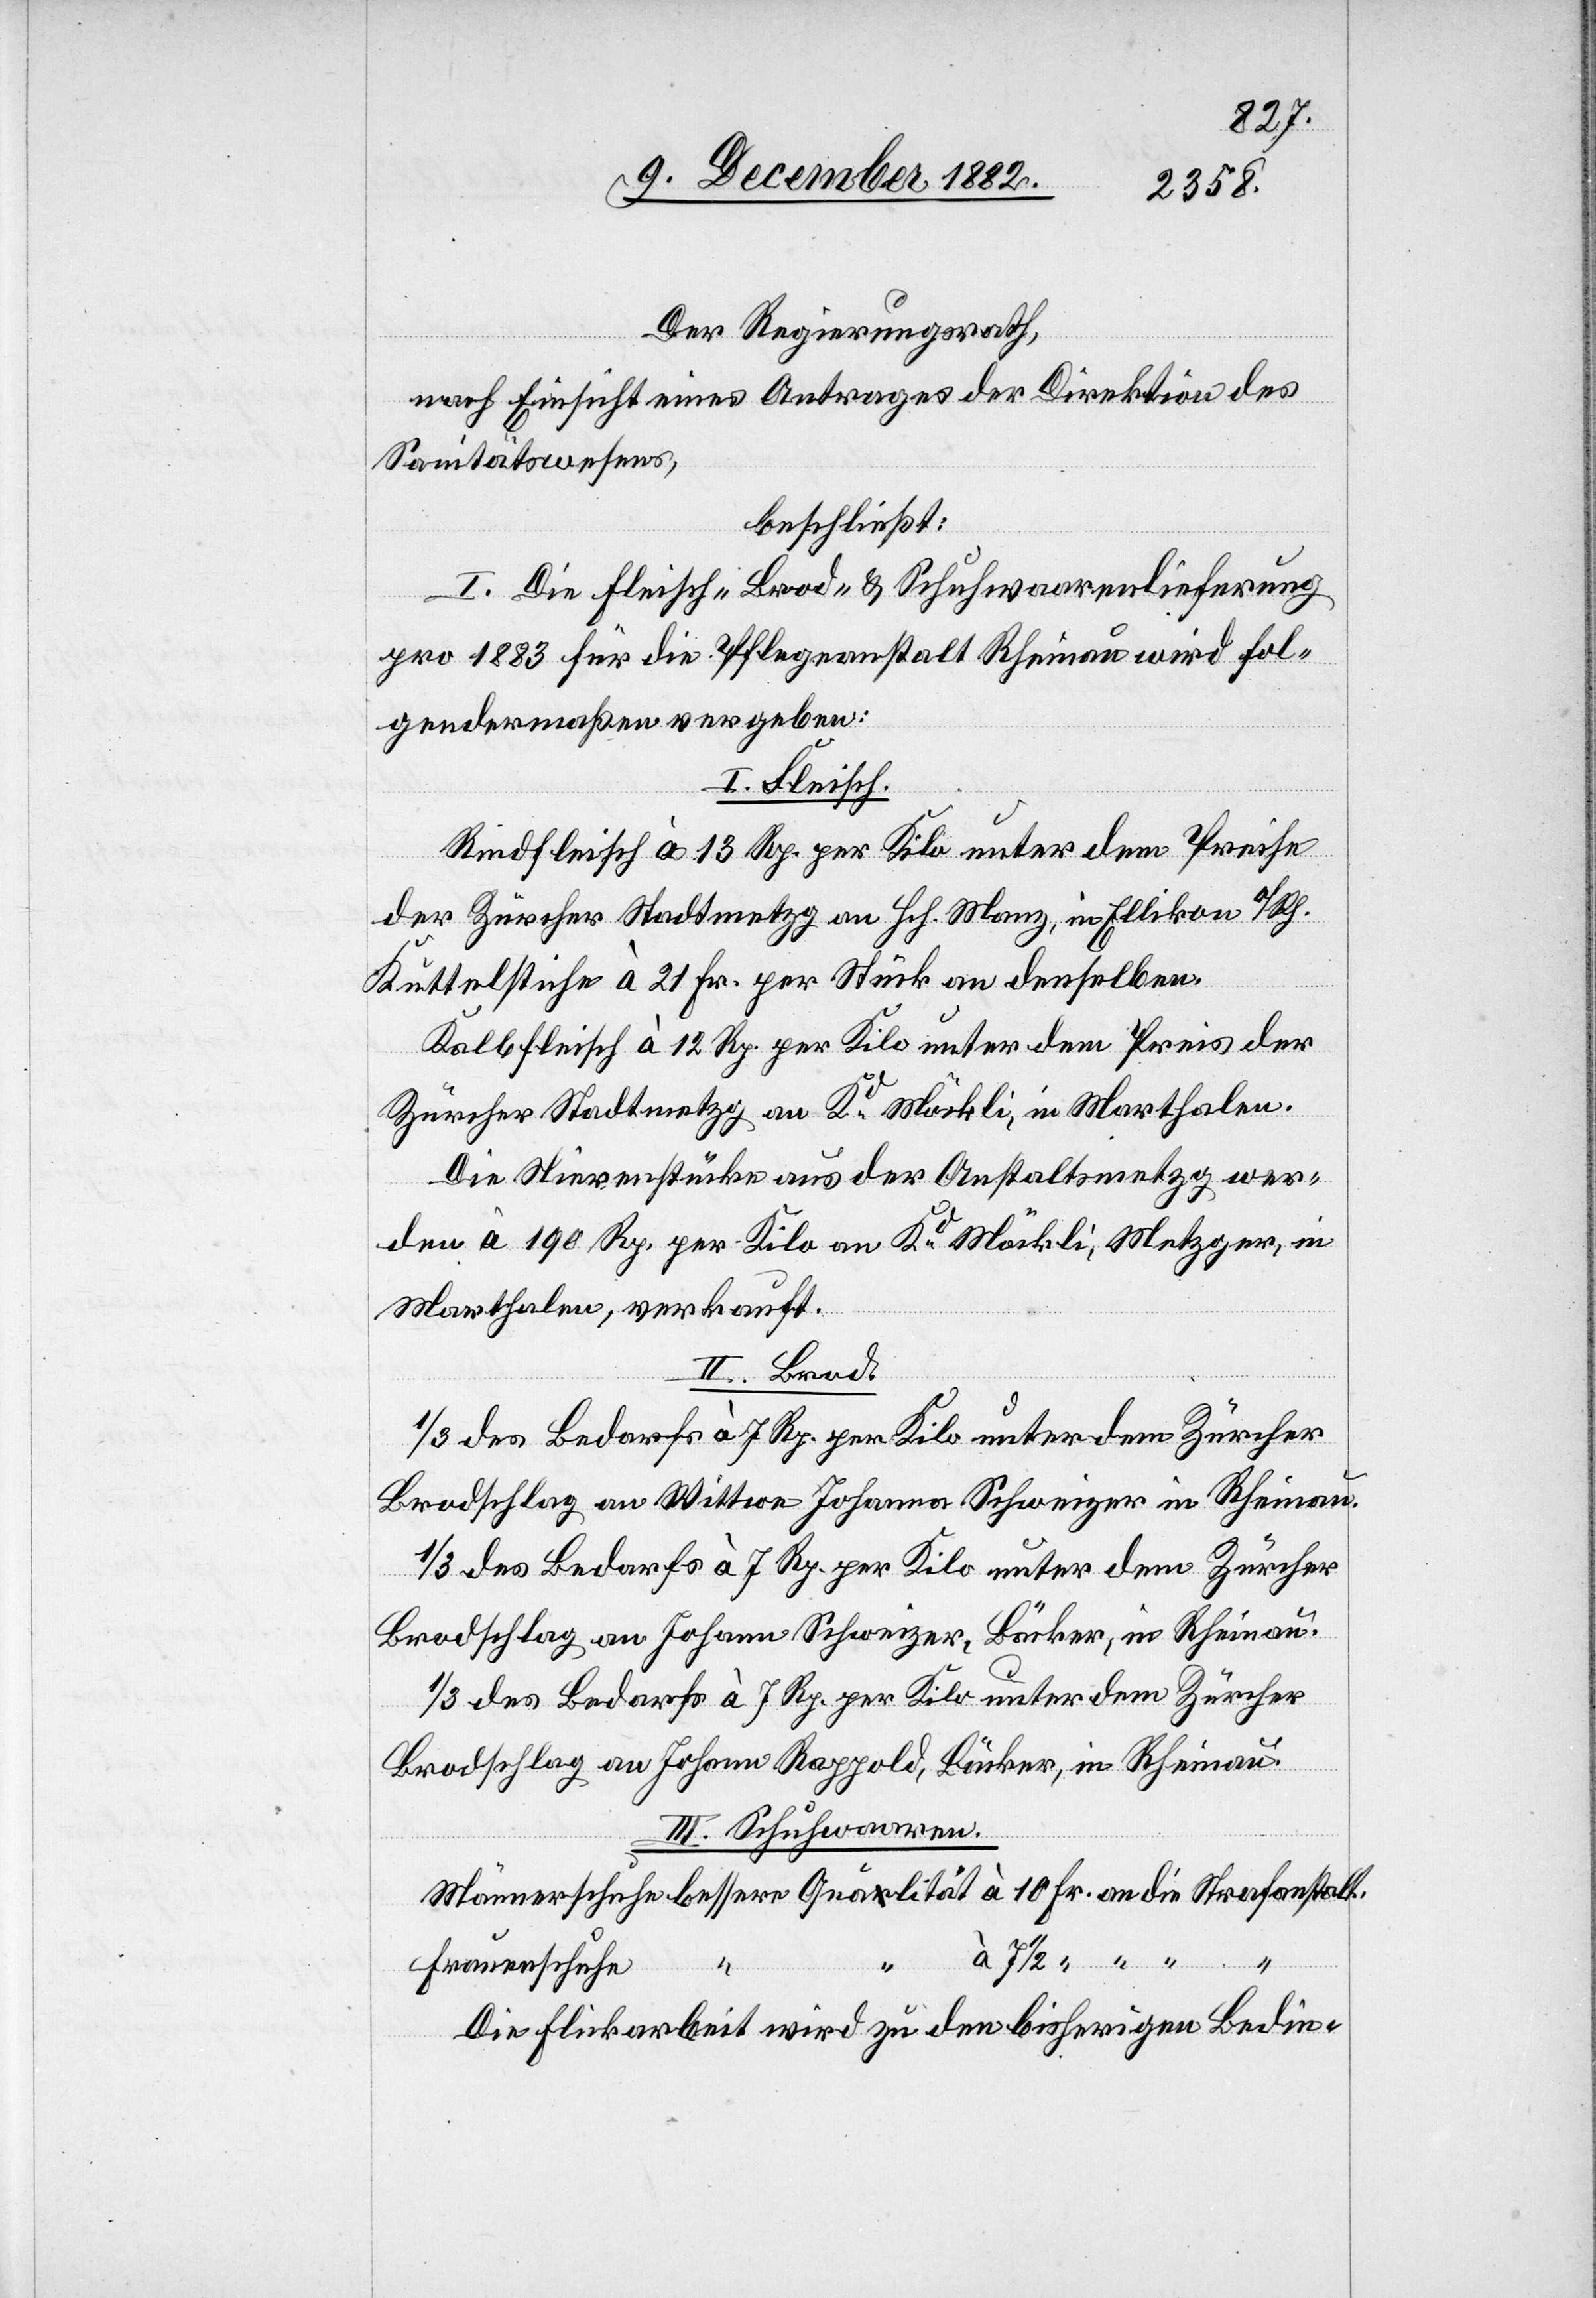
Der Regierungsrath,
nach Einsicht eines Antrages der Direktion des
Sanitätswesens,
beschließt:
I. Die Fleisch- Brod- & Schuhwaarenlieferung
pro 1883 für die Pflegeanstalt Rheinau wird fol¬
gendermaßen vergeben:
I. Fleisch.
Rindfleisch à 13 Rp. per Kilo unter dem Preise
der Zürcher Stadtmetzg an Hch. Manz, in Ellikon a/Rh.
Kuttelstiche à 21 Fr. per Stück an denselben.
Kalbfleisch à 12 Rp. per Kilo unter dem Preis der
Zürcher Stadtmetzg an Kd Möckli, in Marthalen.
Die Nierenstücke aus der Anstaltsmetzg wer¬
den à 190 Rp. per Kilo an Kd Möckli, Metzger, in
Marthalen, verkauft.
an
II. Brod.
Brodschlag an Wittwe Johanna Schweizer in Rheinau.
1/3 des Bedarfs à 7 Rp. per Kilo unter dem Zürcher
Brodschlag an Johann Schweizer, Bäcker, in Rheinau.
1/3 des Bedarfs à 7 Rp. per Kilo unter dem Zürcher
Brodschlag an Johann Rappold, Bäcker, in Rheinau.
III. Schuhwaaren.
die
Frauenschuhe
Die Flickarbeit wird zu den bisherigen Bedin-